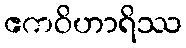
ဧကဝိဟာရိဿ